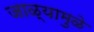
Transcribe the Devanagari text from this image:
जाळ्यामुळे